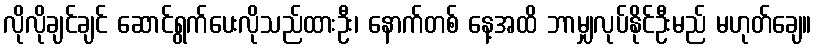
လိုလိုချင်ချင် ဆောင်ရွက်ပေးလိုသည်ထားဦး၊ နောက်တစ် နေ့အထိ ဘာမျှလုပ်နိုင်ဦးမည် မဟုတ်ချေ။